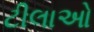
ટીલાઓ